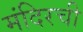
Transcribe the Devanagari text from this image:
मंदिरची